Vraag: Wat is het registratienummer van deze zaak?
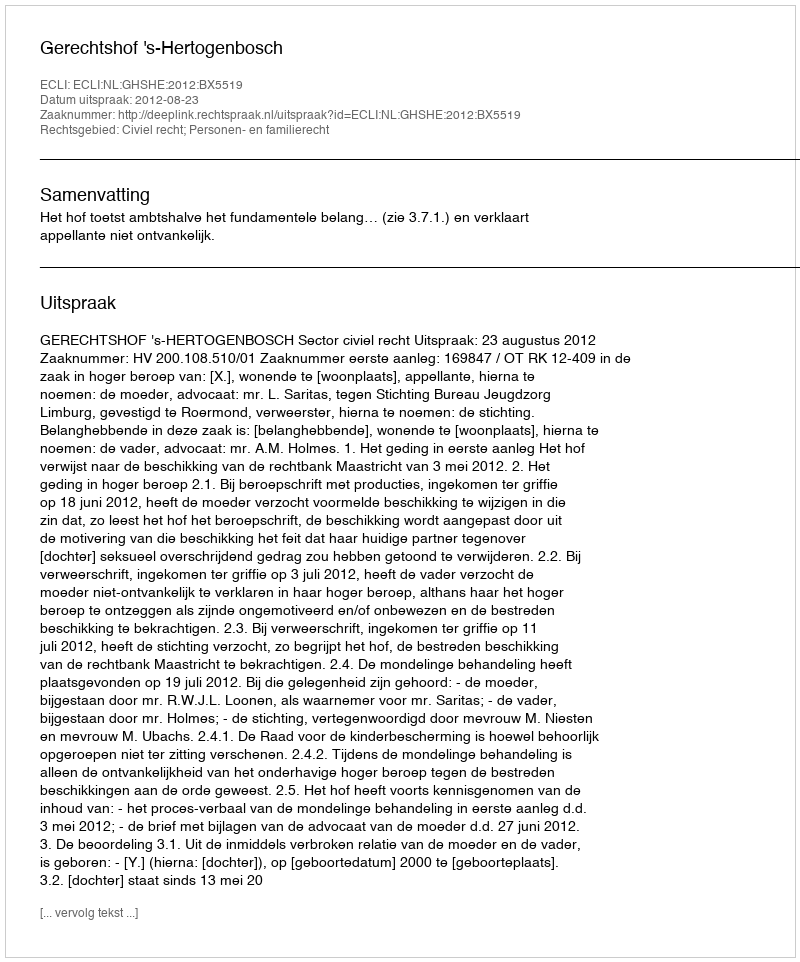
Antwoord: http://deeplink.rechtspraak.nl/uitspraak?id=ECLI:NL:GHSHE:2012:BX5519